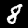
Digit: 8